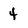
Character: 4